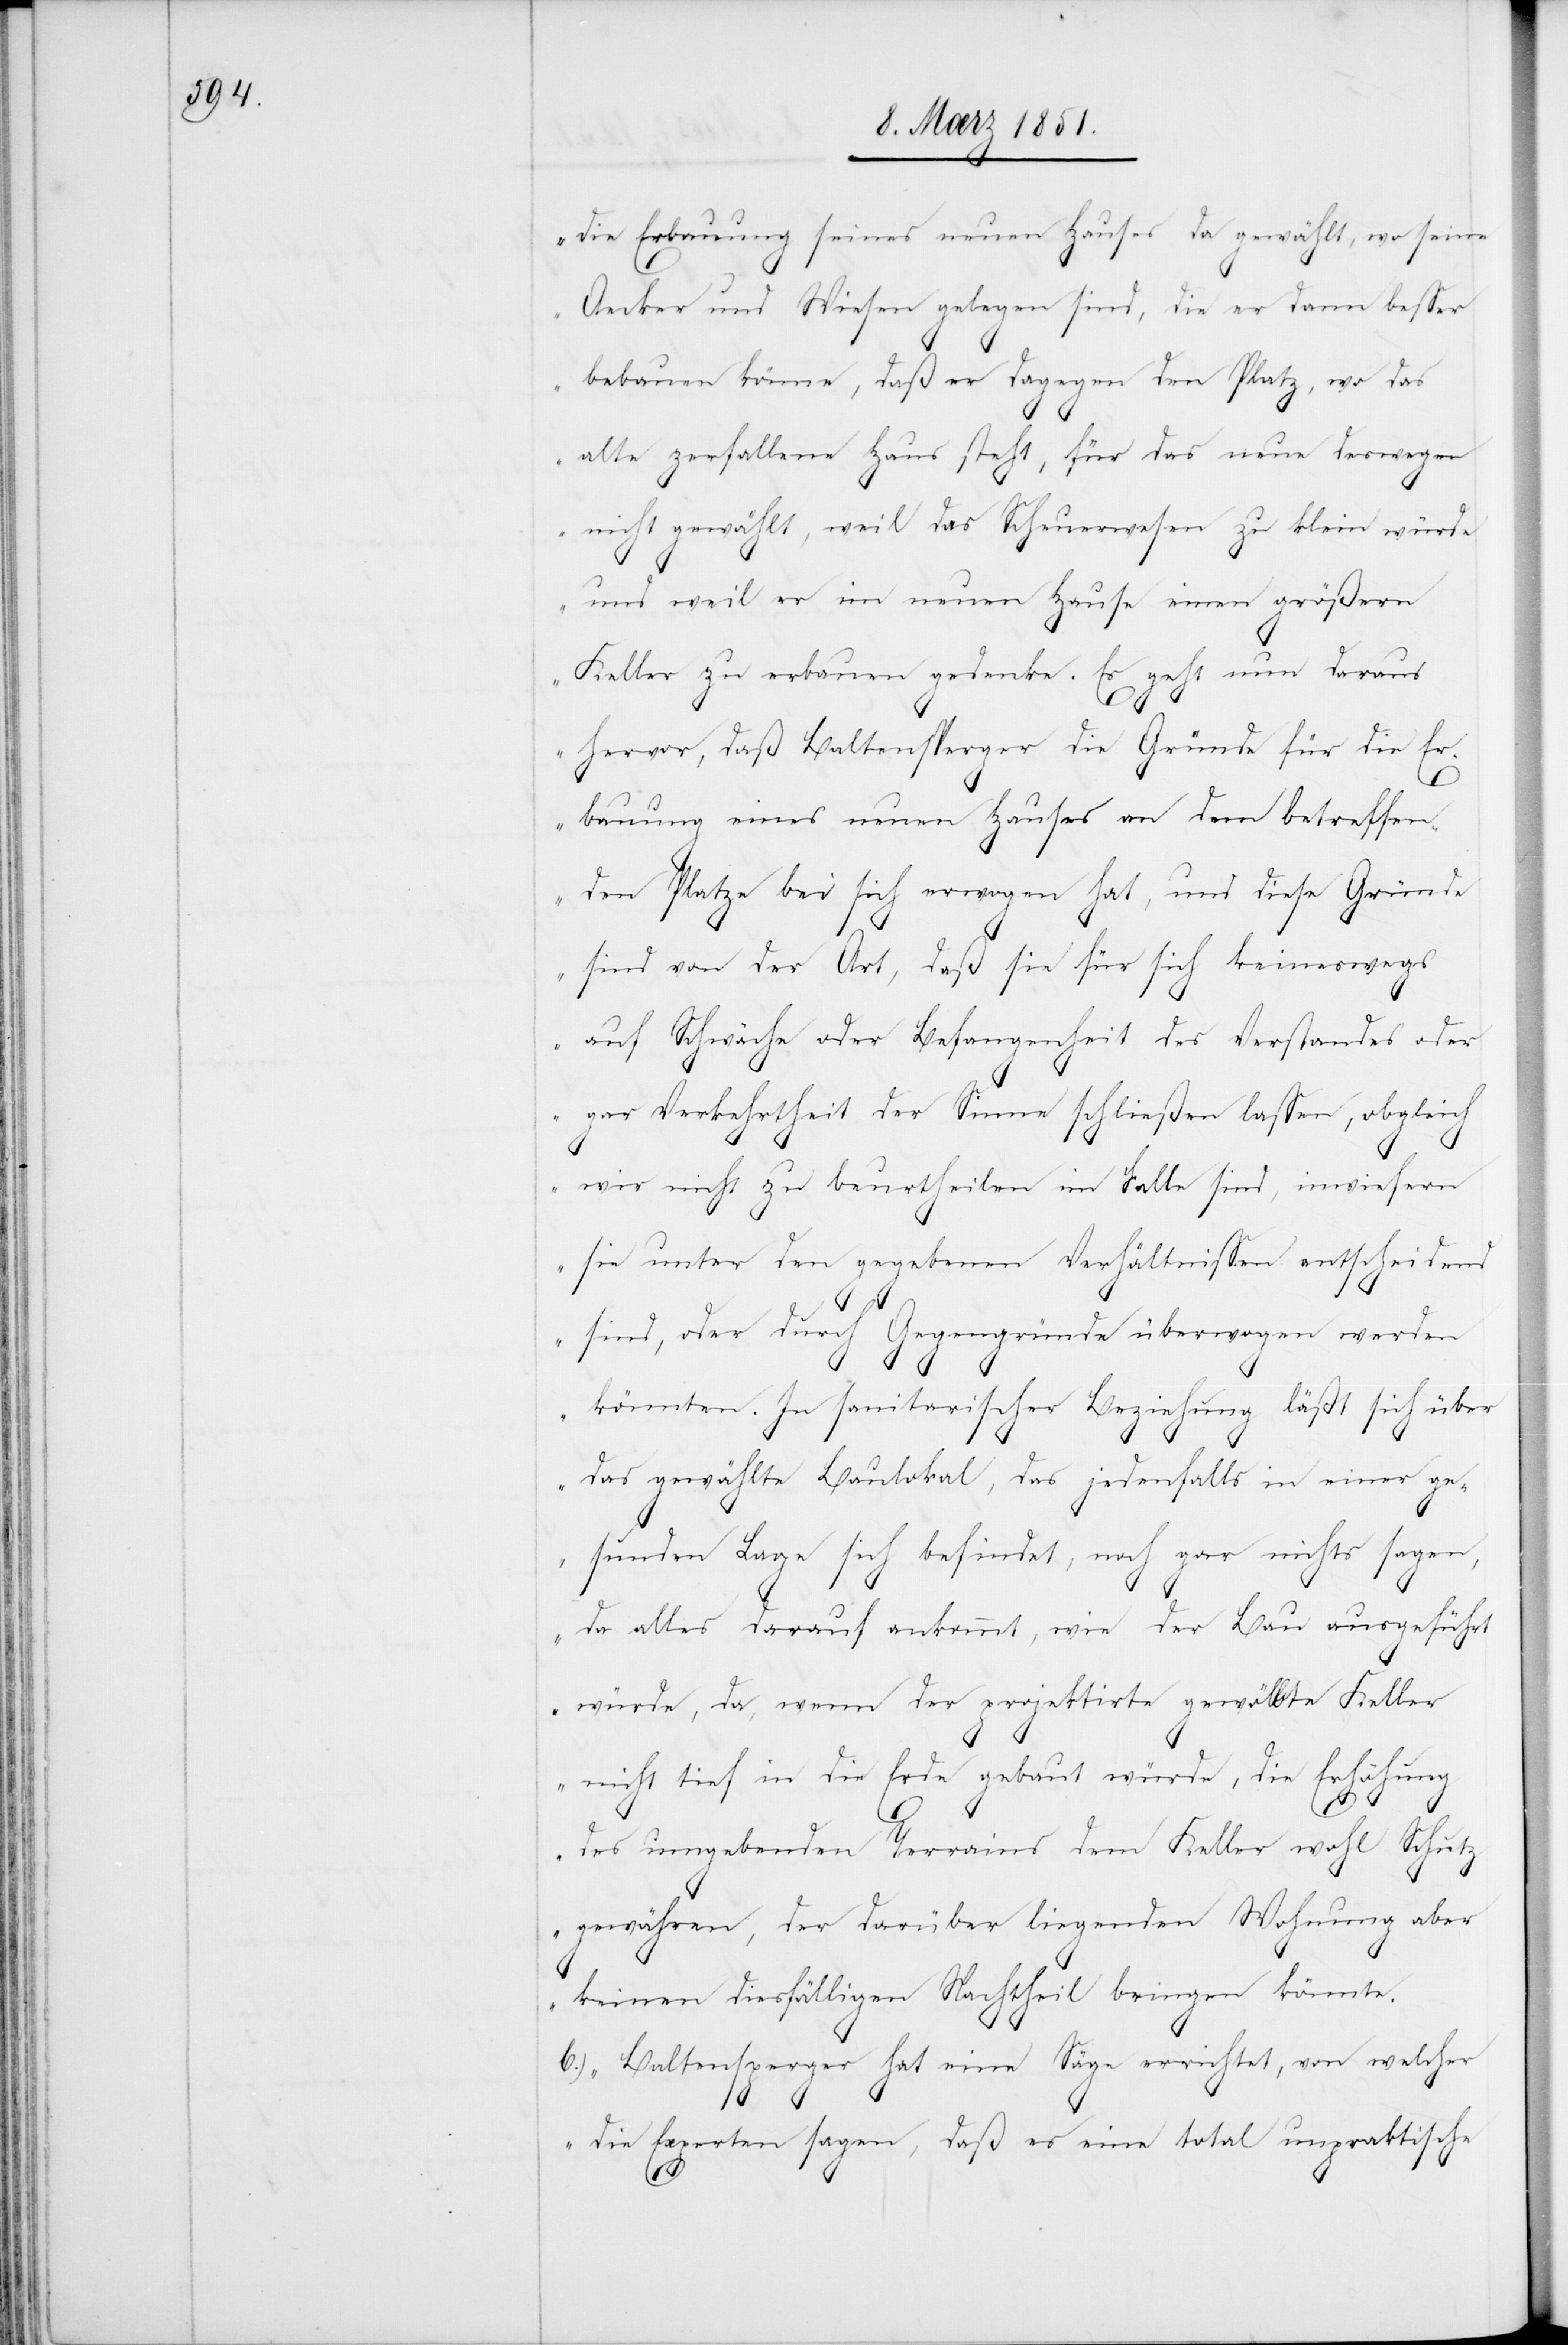
die Erbauung seines neuen Hauses da gewählt, wo seine
Aecker und Wiesen gelegen sind, die er dann besser
bebauen könne, daß er dagegen den Platz, wo das
alte zerfallene Haus steht, für das neue deswegen
nicht gewählt, weil das Scheuerwesen zu klein würde
und weil er im neuen Hause einen größern
Keller zu erbauen gedenke. Es geht nun daraus
hervor, daß Baltensperger die Gründe für die Er¬
bauung eines neuen Hauses an dem betreffen¬
den Platze bei sich erwogen hat, und diese Gründe
sind von der Art, daß sie für sich keineswegs
auf Schwäche oder Befangenheit des Verstandes oder
gar Verkehrtheit der Sinne schließen lassen, obgleich
wir nicht zu beurtheilen im Falle sind, inwiefern
sie unter den gegebenen Verhältnissen entscheidend
sind, oder durch Gegengründe überwogen werden
könnten. In sanitarischer Beziehung läßt sich über
das gewählte Baulokal, das jedenfalls in einer ge¬
sunden Lage sich befindet, noch gar nichts sagen,
da alles darauf ankommt, wie der Bau ausgeführt
würde, da, wenn der projektirte gewölbte Keller
nicht tief in die Erde gebaut würde, die Erhöhung
des umgebenden Terrains dem Keller wohl Schutz
gewähren, der darüber liegenden Wohnung aber
keinen diesfälligen Nachtheil bringen könnte.
Baltensperger hat eine Säge errichtet, von welcher
die Experten sagen, daß es eine total unpraktische